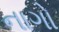
નાગો